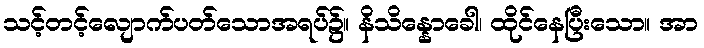
သင့်တင့်လျောက်ပတ်သောအရပ်၌။ နိသိန္နောခေါ၊ ထိုင်နေပြီးသော။ အာ